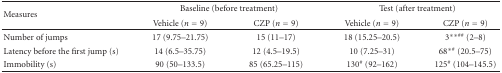
<table><thead><tr><td rowspan="2"><b>Measures</b></td><td colspan="2"><b>Baseline (before treatment)</b></td><td colspan="2"><b>Test (after treatment)</b></td></tr><tr><td><b>Vehicle (<i>n</i> = 9)</b></td><td><b>CZP (<i>n</i> = 9)</b></td><td><b>Vehicle (<i>n</i> = 9)</b></td><td><b>CZP (<i>n</i> = 9) </b></td></tr></thead><tbody><tr><td>Number of jumps</td><td>17 (9.75–21.75)</td><td>15 (11–17)</td><td>18 (15.25–20.5)</td><td>3<sup>∗∗##</sup> (2–8)</td></tr><tr><td>Latency before the first jump (s)</td><td>14 (6.5–35.75)</td><td>12 (4.5–19.5)</td><td>10 (7.25–31)</td><td>68<sup>∗#</sup> (20.5–75)</td></tr><tr><td>Immobility (s)</td><td>90 (50–133.5)</td><td>85 (65.25–115)</td><td>130<sup>#</sup> (92–162)</td><td>125<sup>#</sup> (104–145.5)</td></tr></tbody></table>